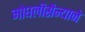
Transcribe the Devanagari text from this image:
मोघलीसैन्याने